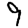
Digit: 9